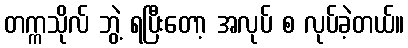
တက္ကသိုလ် ဘွဲ့ ရပြီးတော့ အလုပ် စ လုပ်ခဲ့တယ်။